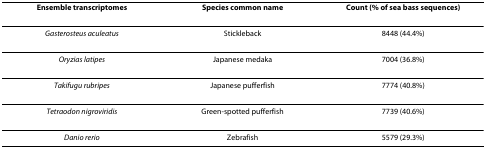
<table><thead><tr><td><b>Ensemble transcriptomes</b></td><td><b>Species common name</b></td><td><b>Count (% of sea bass sequences)</b></td></tr></thead><tbody><tr><td><i>Gasterosteus aculeatus</i></td><td>Stickleback</td><td>8448 (44.4%)</td></tr><tr><td><i>Oryzias latipes</i></td><td>Japanese medaka</td><td>7004 (36.8%)</td></tr><tr><td><i>Takifugu rubripes</i></td><td>Japanese pufferfish</td><td>7774 (40.8%)</td></tr><tr><td><i>Tetraodon nigroviridis</i></td><td>Green-spotted pufferfish</td><td>7739 (40.6%)</td></tr><tr><td><i>Danio rerio</i></td><td>Zebrafish</td><td>5579 (29.3%)</td></tr></tbody></table>